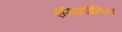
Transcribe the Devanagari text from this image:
ऐमिगडैलिन